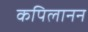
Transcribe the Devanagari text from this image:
कपिलानन